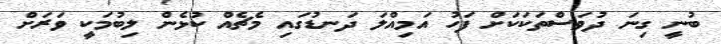
ބުނީ ގިނަ ދުވަސްތަކަކަށް ފަހު އަމިއްލަ ދަނޑުގައި މެޗެއް ކުޅެން ލިބުމަކީ ވަރަށް